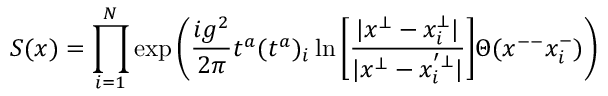
S ( x ) = \prod _ { i = 1 } ^ { N } \exp \bigg ( \frac { i g ^ { 2 } } { 2 \pi } t ^ { a } ( t ^ { a } ) _ { i } \ln \bigg [ \frac { | x ^ { \bot } - x _ { i } ^ { \bot } | } { | x ^ { \bot } - x _ { i } ^ { ' \bot } | } \bigg ] \Theta ( x ^ { -- } x _ { i } ^ { - } ) \bigg )